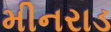
મીનરાડ